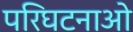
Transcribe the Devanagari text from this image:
परिघटनाओ